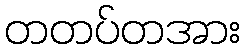
တတပ်တအား